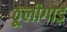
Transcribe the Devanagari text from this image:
ठूलीगाड़